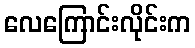
လေကြောင်းလိုင်းက